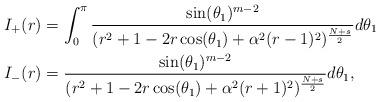
LaTeX: \begin{align*}I_+(r) & =\int_0^\pi\frac{\sin(\theta_1)^{m-2} }{(r^2 + 1 - 2 r \cos(\theta_1) + \alpha^2 (r-1)^2)^{\frac{N+s}2}}d\theta_1\\I_-(r) & =\frac{\sin(\theta_1)^{m-2} }{(r^2 + 1 - 2 r \cos(\theta_1) + \alpha^2 (r+1)^2)^{\frac{N+s}2}}d\theta_1 ,\end{align*}